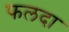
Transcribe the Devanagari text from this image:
फलदा